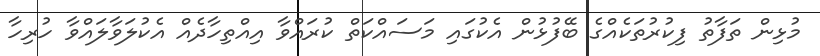
މުޅިން ތަފާތު ފިކުރުތަކެއްގެ ބޭފުޅުން އެކުގައި މަސައްކަތް ކުރައްވާ އިއްތިހާދެއް އެކުލަވާލައްވާ ހުރިހާ